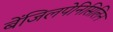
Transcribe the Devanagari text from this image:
बेंजिलपेनिसिलिन